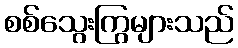
စစ်သွေးကြွများသည်